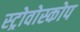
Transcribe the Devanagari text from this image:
स्ट्रोवोस्कोप